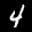
Label: 4